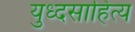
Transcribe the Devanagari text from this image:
युध्दसाहित्य